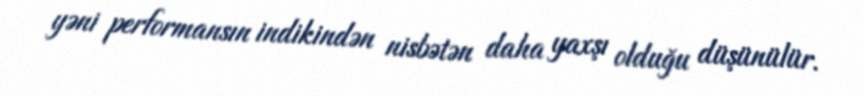
yəni performansın indikindən nisbətən daha yaxşı olduğu düşünülür.